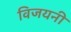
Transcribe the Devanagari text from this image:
विजयनी